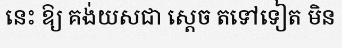
នេះ ឱ្យ គង់យសជា ស្តេច តទៅទៀត មិន